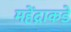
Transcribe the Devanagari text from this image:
महेंद्राकडे